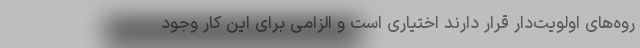
روه‌های اولویت‌دار قرار دارند اختیاری است و الزامی برای این کار وجود